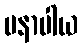
မနာပါယ